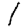
Digit: 1